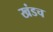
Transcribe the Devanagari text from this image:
खंडच